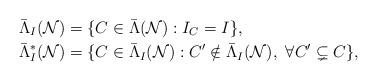
LaTeX: \begin{align*} \bar{\Lambda}_I(\mathcal{N}) & = \{C\in \bar{\Lambda}(\mathcal{N}): I_C = I\},\\ \bar{\Lambda}_I^*(\mathcal{N}) & = \{C\in \bar{\Lambda}_I(\mathcal{N}): C'\notin \bar{\Lambda}_I(\mathcal{N}),\ \forall C'\subsetneq C\},\end{align*}